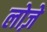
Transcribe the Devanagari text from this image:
लोज़े